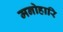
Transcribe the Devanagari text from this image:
मनोहारि